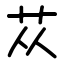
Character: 苁